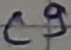
Text: C9